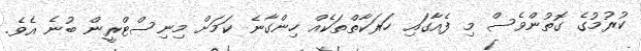
ކުރުމުގެ ގޮތުންވެސް މި ފެއާގައި ހަރަކާތްތަކެއް ހިންގާނެ ކަމަށް މިނިސްޓްރީން ބުނެ އެވެ.